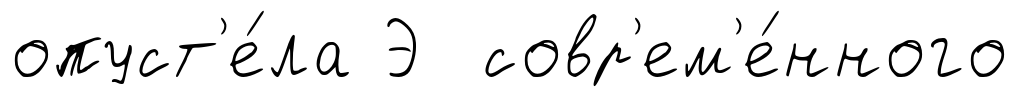
опуст'е́ла Э совр'ем'е́нного